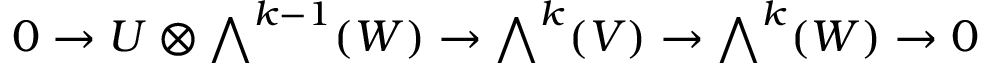
0 \to U \otimes { \textstyle \bigwedge } ^ { k - 1 } ( W ) \to { \textstyle \bigwedge } ^ { k } ( V ) \to { \textstyle \bigwedge } ^ { k } ( W ) \to 0